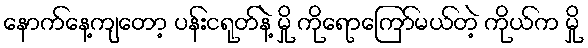
နောက်နေ့ကျတော့ ပန်းငရုတ်နဲ့ မှို ကိုရောကြော်မယ်တဲ့ ကိုယ်က မှို